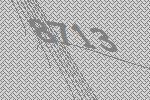
8713